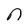
Character: n